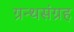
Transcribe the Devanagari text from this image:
ग्रन्थसंग्रह